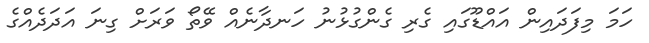
ހަމަ މިފަދައިން އައްޑޫގައި ގެރި ގެންގުޅުނު ހަނދާނެއް ވޭތޯ ވަރަށް ގިނަ އަދަދެއްގެ